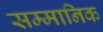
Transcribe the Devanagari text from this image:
सम्‍मानिक